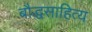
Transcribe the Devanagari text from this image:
बौद्धसाहित्य